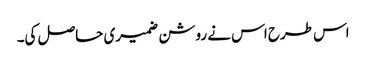
اس طرح اس نے روشن ضمیری حاصل کی۔